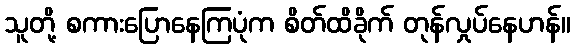
သူတို့ စကားပြောနေကြပုံက စိတ်ထိခိုက် တုန်လှုပ်နေဟန်။